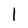
Character: l